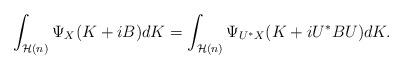
LaTeX: \begin{align*} \int_{\mathcal H(n)} \Psi_X(K + i B) dK = \int_{\mathcal H(n)} \Psi_{U^*X} (K+i U^*BU) dK.\end{align*}